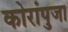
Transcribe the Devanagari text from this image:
कोरांपुजा